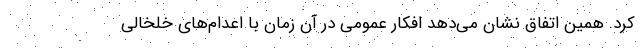
کرد. همین اتفاق نشان می‌دهد افکار عمومی در آن زمان با اعدام‌های خلخالی